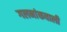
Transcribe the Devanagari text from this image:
गलनांकवाली